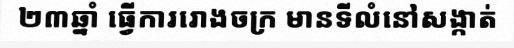
២៣ឆ្នាំ ធ្វើការរោងចក្រ មានទីលំនៅសង្កាត់